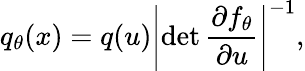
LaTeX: q_{\theta}(x)=q(u)\left|{\operatorname*{det}\frac{\partial f_{\theta}}{\partial u}}\right|^{-1},